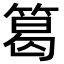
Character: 䈓